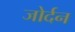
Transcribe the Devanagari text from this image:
जोर्दन